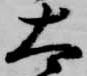
太